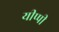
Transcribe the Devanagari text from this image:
यीप्पी